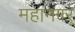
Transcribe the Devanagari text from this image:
महानगर्